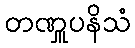
တဏှူပနိသံ